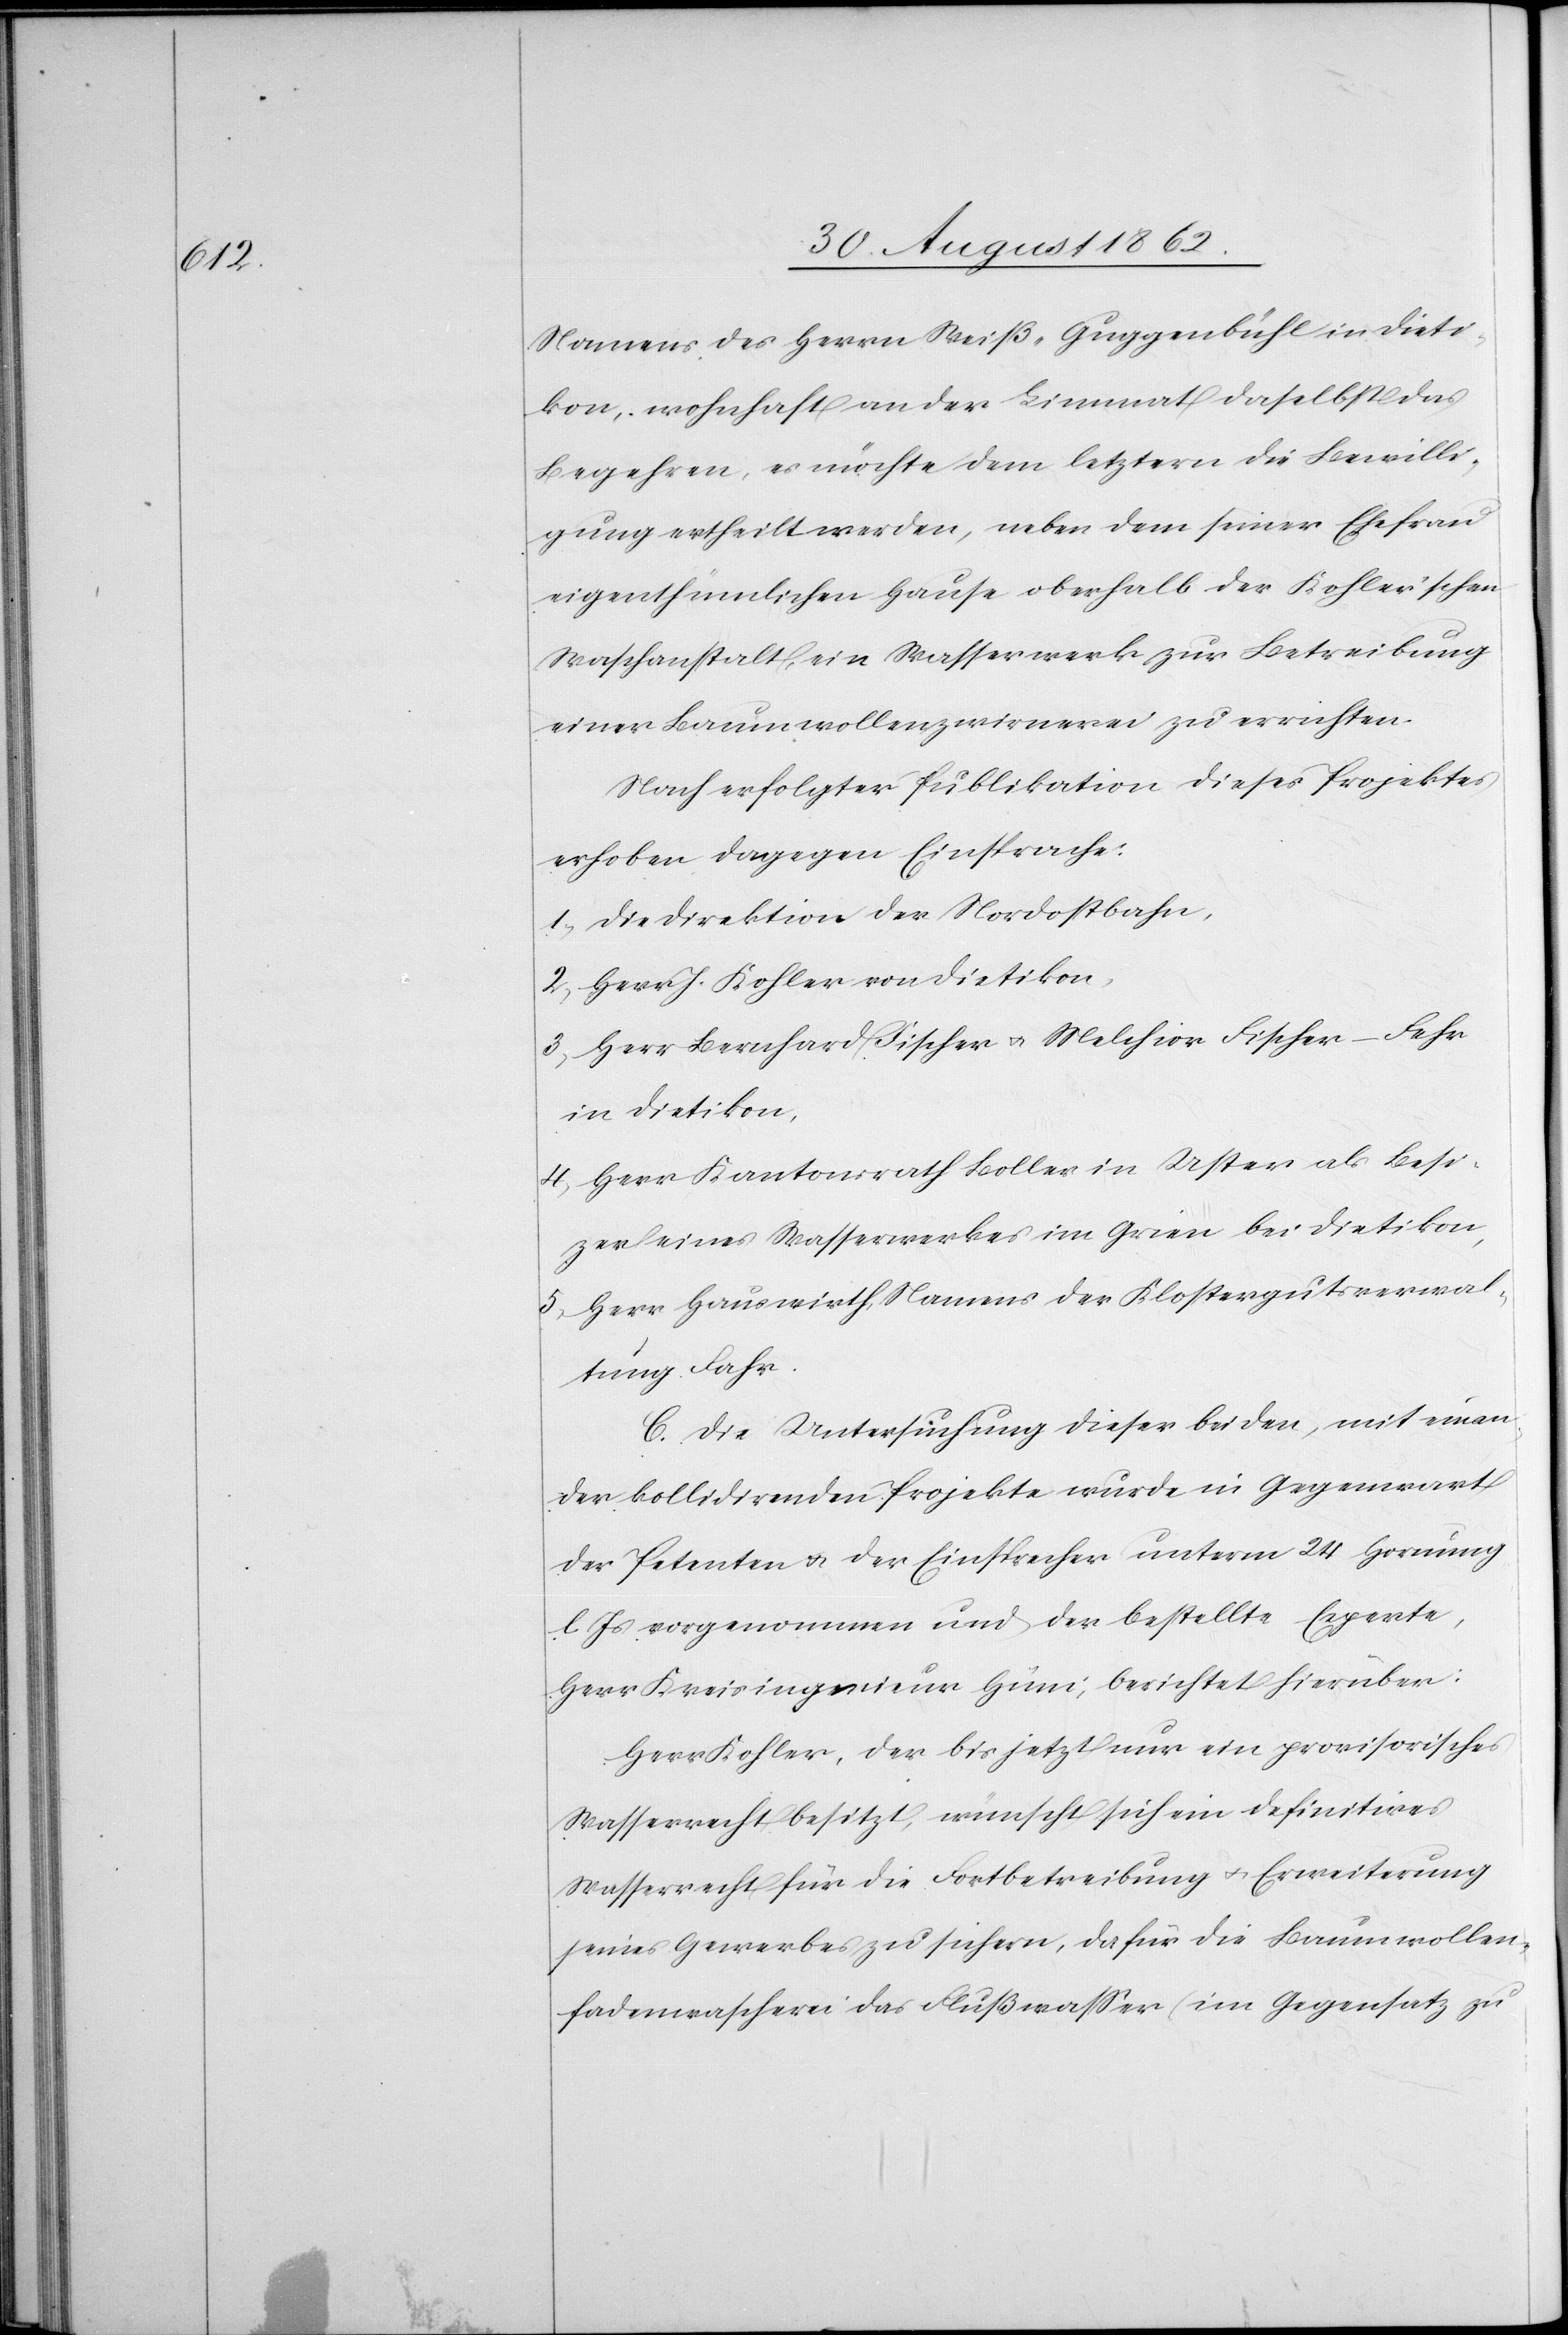
Namens des Herrn Weiß-Guggenbühl in Dieti¬
kon, wohnhaft an der Limmat daselbst das
Begehren, es möchte dem letztern die Bewilli¬
gung ertheilt werden, neben dem seiner Ehefrau
eigenthümlichen Hause oberhalb der Kohler’schen
Waschanstalt, ein Wasserwerk zur Betreibung
einer Baumwollenzwirnerei zu errichten.
Nach erfolgter Publikation dieses Projektes
erhoben dagegen Einsprache:
1) Die Direktion der Nordostbahn,
2) Herr J. Kohler von Dietikon,
3) Herr Bernhard Fischer u. Melchior Fischer-Fehr
in Dietikon,
4) Herr Kantonsrath Boller in Uster als Besi[t]z¬
er eines Wasserwerkes im Grien bei Dietikon,
5) Herr Hauswirth, Namens der Klostergutverwal¬
tung Fahr.
C. Die Untersuchung dieser beiden, mit einen
der kollidirenden Projekte wurde in Gegenwart
der Petenten u. der Einsprecher unterm 24. Hornung
l. Js. vorgenommen und der bestellte Experte,
Herr Kreisingenieur Hüni, berichtet hierüber:
Herr Kohler, der bis jetzt nur ein provisorisches
Wasserrecht besitzt, wünscht sich ein definitives
Wasserrecht für die Fortbetreibung u. Erweiterung
seines Gewerbes zu sichern, dafür die Baumwollen¬
fadenwascherei das Flußwasser (im Gegensatz zu